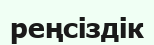
реңсіздік